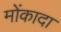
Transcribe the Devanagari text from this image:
मोंकादा